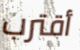
أقترب